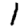
Digit: 1